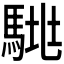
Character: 𱄞